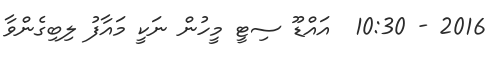
2016 - 10:30  އައްޑޫ ސިޓީ މީހުން ނަކީ މައާފު ލިބިގެންވާ